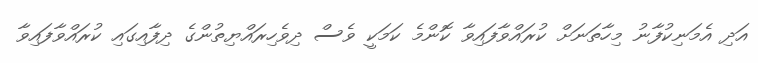
އަދި އެމަނިކުފާނު މިހާތަނަށް ކުރައްވާފައިވާ ކޮންމެ ކަމަކީ ވެސް ދިވެހިރައްޔިތުންގެ ދިފާއިގައި ކުރައްވާފައިވާ